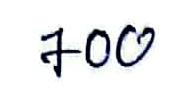
700